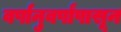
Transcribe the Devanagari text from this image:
वर्षानुवर्षांपासून